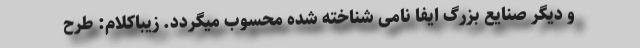
و دیگر صنایع بزرگ ایفا نامی شناخته شده محسوب میگردد. زیباکلام: طرح